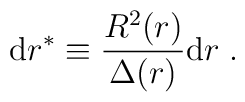
\mbox{d} r^* \equiv \frac{R^2(r)}{\Delta(r)} \mbox{d} r \; .